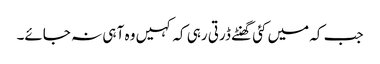
جب کہ میں کئی گھنٹے ڈرتی رہی کہ کہیں وہ آ ہی نہ جائے۔